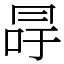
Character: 冔